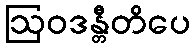
ဩဝဒန္တီတိပေ